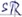
Text: SR